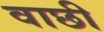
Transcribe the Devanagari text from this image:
वाछी